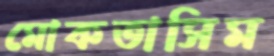
মোকতাসিম